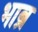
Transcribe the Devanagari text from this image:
भाब्रु